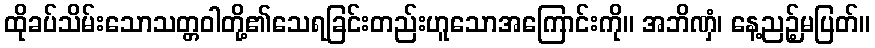
ထိုခပ်သိမ်းသောသတ္တဝါတို့၏သေရခြင်းတည်းဟူသောအကြောင်းကို။ အဘိဏှံ၊ နေ့ညဉ့်မပြတ်။